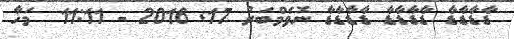
ޑާޑާޑާޑާ ޑާޑާޑާޑާ ޑާޑާޑާޑާ ނޮވެމްބަރު 17